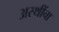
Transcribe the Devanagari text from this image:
अस्थींचा